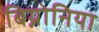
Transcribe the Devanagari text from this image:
बिग्नोनिया